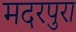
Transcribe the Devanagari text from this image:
मदरपुरा